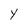
Character: Y